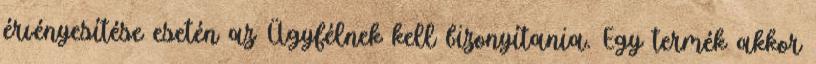
érvényesítése esetén az Ügyfélnek kell bizonyítania. Egy termék akkor